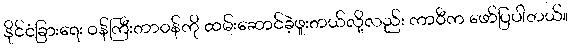
နိုင်ငံခြားရေး ဝန်ကြီးတာဝန်ကို ထမ်းဆောင်ခဲ့ဖူးတယ်လို့လည်း ကာဝီက ဖော်ပြပါတယ်။